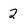
Character: 2